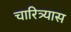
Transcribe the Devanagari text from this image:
चारित्र्यास